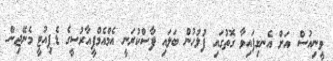
ވީނިއުސް އަށް އެނގިފައިވާ ގޮތުގައި ފުލުހުން ބަލައި ފާސްކުރަނީ އެމްއެމްޕީއާރުސީގެ ޑެޕިއުޓީ މެނޭޖިން